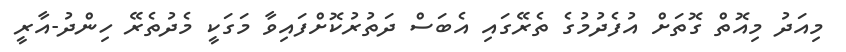
މިއަދު މިއޮތް ގޮތަށް އުފެދުމުގެ ތެރޭގައި އެބަސް ދަތުރުކޮށްފައިވާ މަގަކީ މެދުތެރޭ ހިންދު-އާރީ